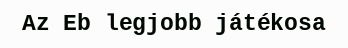
Az Eb legjobb játékosa